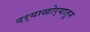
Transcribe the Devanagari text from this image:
दर्‍याखोर्‍यातून